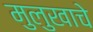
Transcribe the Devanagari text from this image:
मुलुखाचे